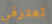
تعترفي